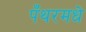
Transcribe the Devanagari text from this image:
पँथरमधे